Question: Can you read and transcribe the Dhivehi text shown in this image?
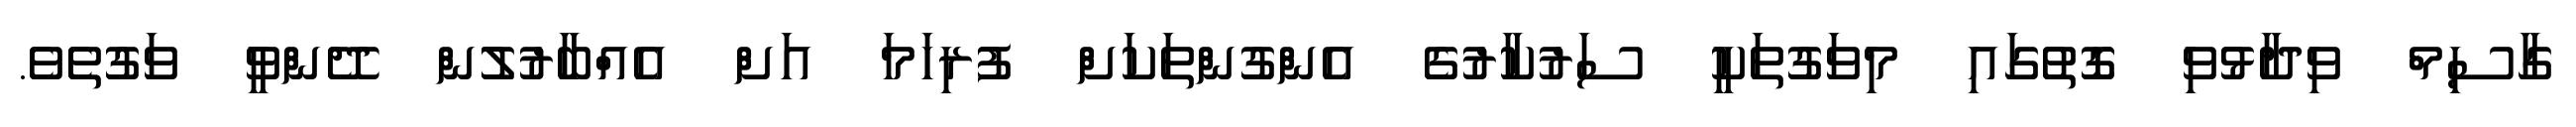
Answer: ގާސިމް ވިދާޅުވި ގޮތުގައި މިވަގުތަކީ ސަރުކާރުގެ އެންގުންތަކަށް ފުރިހަމަ އަށް އެއްބާރުލުން ދޭންވީ ވަގުތެވެ.